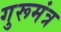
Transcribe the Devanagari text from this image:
गुरूमंत्र